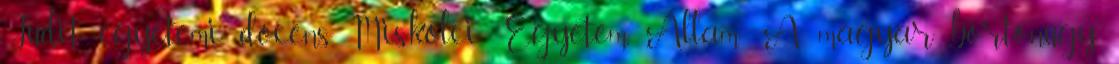
Judit, egyetemi docens, Miskolci Egyetem, Állam- A magyar börtönügy